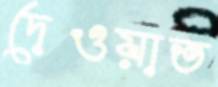
দেওয়াত